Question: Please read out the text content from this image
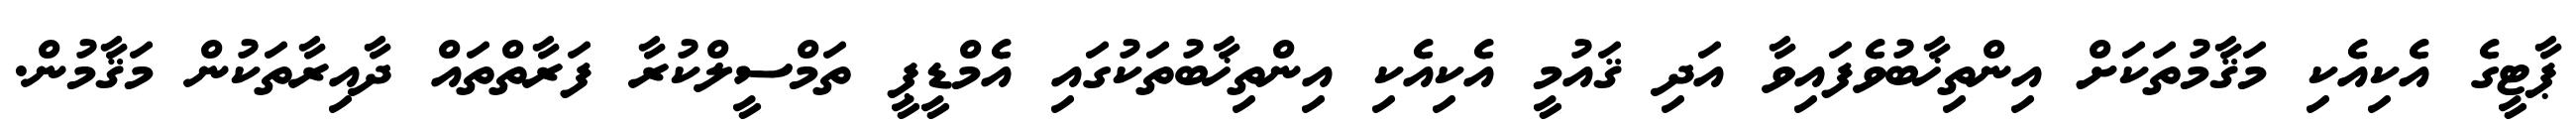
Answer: ޕާޓީގެ އެކިއެކި މަޤާމުތަކަށް އިންތިޚާބުވެފައިވާ އަދި ޤައުމީ އެކިއެކި އިންތިޚާބުތަކުގައި އެމްޑީޕީ ތަމްސީލްކުރާ ފަރާތްތައް ދާއިރާތަކުން މަޤާމުން.